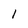
Character: l